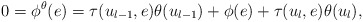
\begin{align*}0 = \phi^\theta(e) = \tau(u_{l-1},e)\theta(u_{l-1}) + \phi(e) + \tau(u_l,e)\theta(u_l), \end{align*}